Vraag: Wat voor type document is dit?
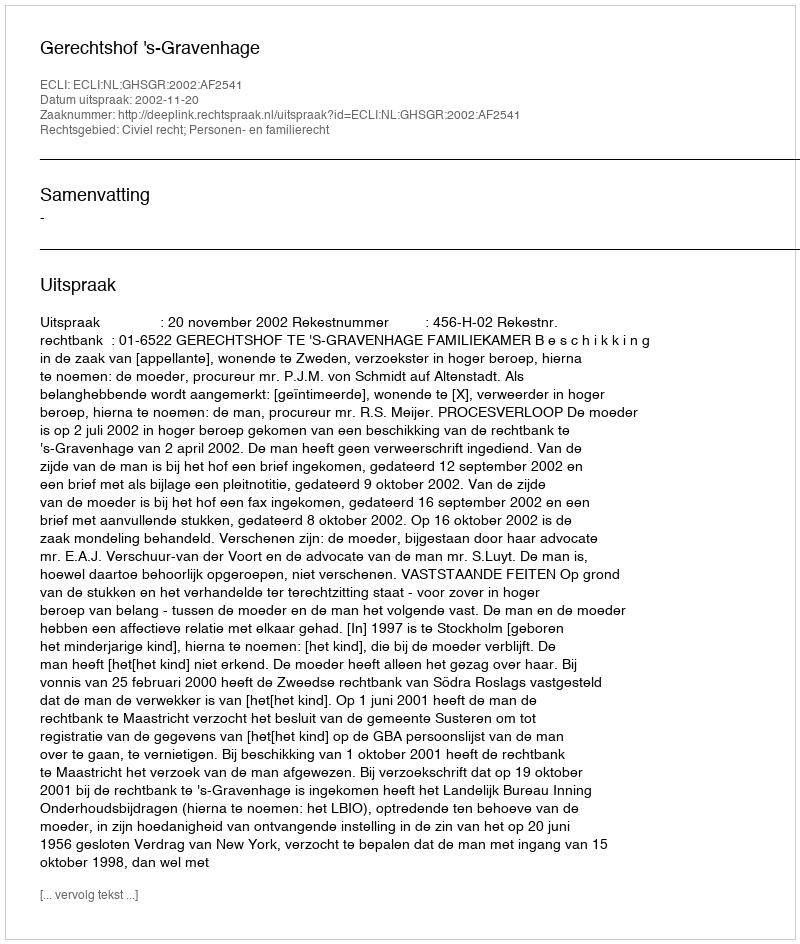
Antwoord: Uitspraak